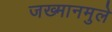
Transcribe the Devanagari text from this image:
जख्मानमुले